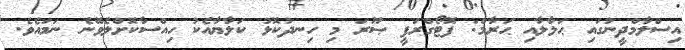
އިސްލާމްދީނުގައި ޙަލާލާއި ޙަރާމް: ފޮޓޯގްރަފީ ޞޫރަ މި ހިނދުކޮޅު ކަލާޔާއެކު ހިއްސާކޮށްލެވޭނެ ނަމައެވެ.